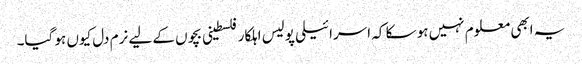
یہ ابھی معلوم نہیں ہو سکا کہ اسرائیلی پولیس اہلکار فلسطینی بچوں کے لیے نرم دل کیوں ہو گیا۔